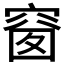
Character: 𥦬